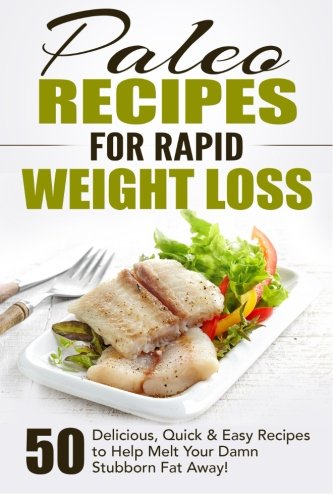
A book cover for Paleo Recipes for Rapid Weight Loss: 50 Delicious, Quick & Easy Recipes to Help Melt Your Damn Stubborn Fat Away! (Paleo Recipes, Paleo, Paleo ... Recipe Book, Paleo Cookbook ) (Volume 1); Fat Loss Nation; Cookbooks, Food & Wine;